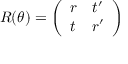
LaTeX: R ( \theta ) = { \left( \begin{array} { l l } { r } & { t ^ { \prime } } \\ { t } & { r ^ { \prime } } \end{array} \right) }